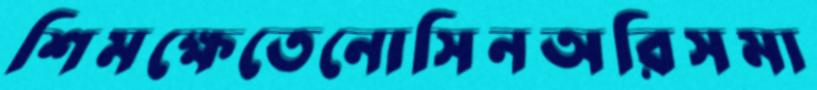
শিমক্ষেতেনোসিনঅরিসমা